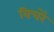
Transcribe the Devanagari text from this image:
विचरें